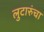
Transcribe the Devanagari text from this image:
लुटारुंचा